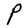
Character: P